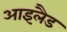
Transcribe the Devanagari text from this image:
आइलैड